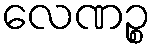
လေဏဉ္စ